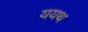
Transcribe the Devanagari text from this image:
ययथ